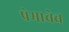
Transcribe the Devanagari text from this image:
प्रेमाचेच